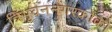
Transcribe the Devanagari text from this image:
त्रिभुवननगरकोको